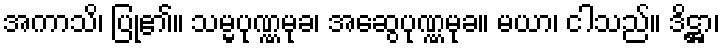
အကာသိ၊ ပြု၏။ သမ္မပုဏ္ဏမုခ၊ အဆွေပုဏ္ဏမုခ။ မယာ၊ ငါသည်။ ဒိဋ္ဌာ၊